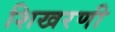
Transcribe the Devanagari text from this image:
शिखरणी